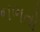
નભતો